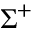
\Sigma ^ { + }